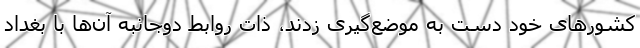
کشورهای خود دست به موضع‌گیری زدند، ذات روابط دوجانبه آن‌ها با بغداد